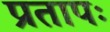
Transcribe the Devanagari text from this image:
प्रतापः